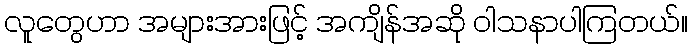
လူတွေဟာ အများအားဖြင့် အကျိန်အဆို ဝါသနာပါကြတယ်။